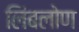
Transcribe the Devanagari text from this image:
लिंबलोण